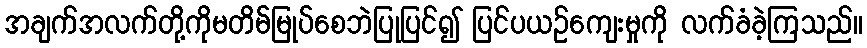
အချက်အလက်တို့ကိုမတိမ်မြုပ်စေဘဲပြုပြင်၍ ပြင်ပယဉ်ကျေးမှုကို လက်ခံခဲ့ကြသည်။